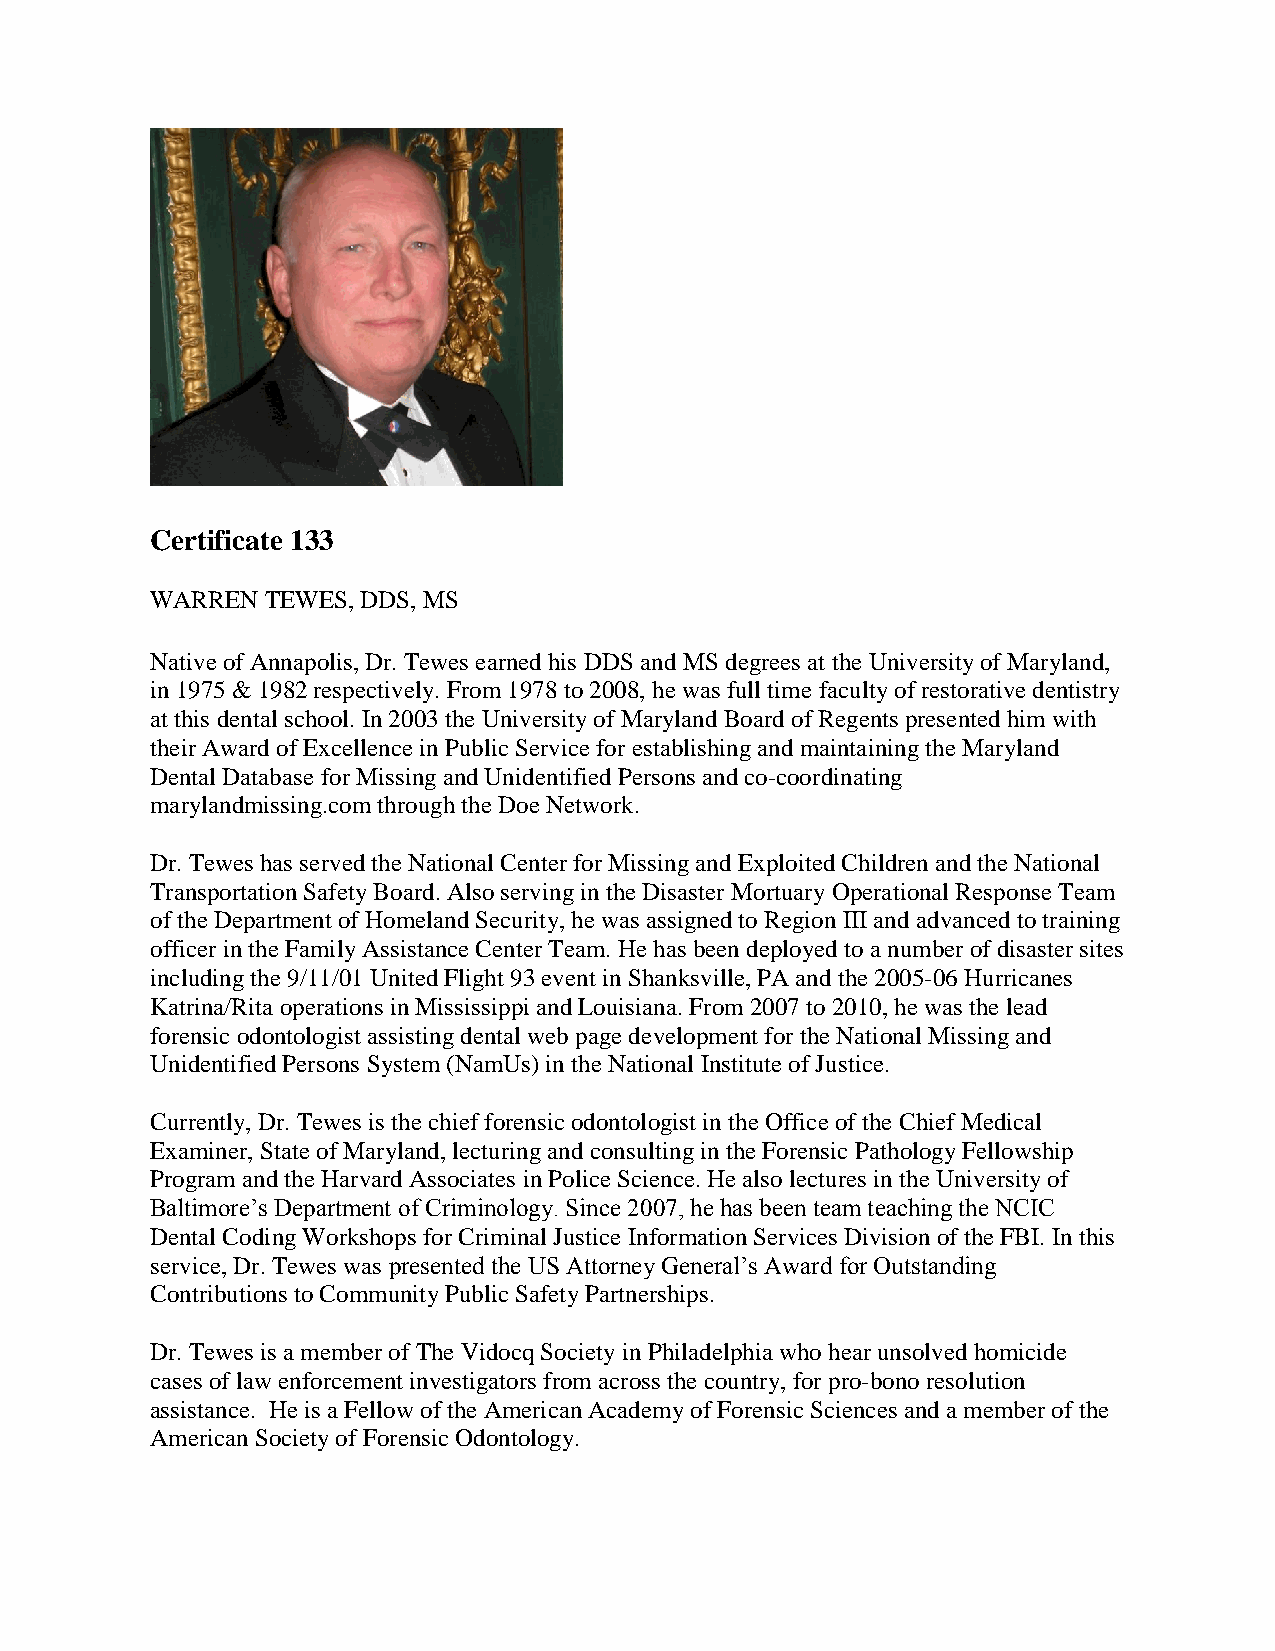
Certificate 133
 WARREN  TEWES, DDS, MS
 Native of Annapolis, Dr. Tewes earned his DDS and MS degrees at the University of Maryland,
 in 1975 & 1982 respectively. From 1978 to 2008, he was full time faculty of restorative dentistry
 at this dental school. In 2003 the University of Maryland Board of Regents presented him with
 their Award of Excellence in Public Service for establishing and maintaining the Maryland
 Dental Database for Missing and Unidentified Persons and co-coordinating
 marylandmissing.com through the Doe Network.
 Dr. Tewes has served the National Center for Missing and Exploited Children and the National
 Transportation Safety Board. Also serving in the Disaster Mortuary Operational Response Team
 of the Department of Homeland Security, he was assigned to Region III and advanced to training
 officer in the Family Assistance Center Team. He has been deployed to a number of disaster sites
 including the 9/11/01 United Flight 93 event in Shanksville, PA and the 2005-06 Hurricanes
 Katrina/Rita operations in Mississippi and Louisiana. From 2007 to 2010, he was the lead
 forensic odontologist assisting dental web page development for the National Missing and
 Unidentified Persons System (NamUs) in the National Institute of Justice.
 Currently, Dr. Tewes is the chief forensic odontologist in the Office of the Chief Medical
 Examiner, State of Maryland, lecturing and consulting in the Forensic Pathology Fellowship
 Program and the Harvard Associates in Police Science. He also lectures in the University of
 Baltimore’s Department of Criminology. Since 2007, he has been team teaching the NCIC
 Dental Coding Workshops for Criminal Justice Information Services Division of the FBI. In this
 service, Dr. Tewes was presented the US Attorney General’s Award for Outstanding
 Contributions to Community Public Safety Partnerships.
 Dr. Tewes is a member of The Vidocq Society in Philadelphia who hear unsolved homicide
 cases of law enforcement investigators from across the country, for pro-bono resolution
 assistance. He is a Fellow of the American Academy of Forensic Sciences and a member of the
 American Society of Forensic Odontology.